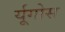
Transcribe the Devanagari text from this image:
र्यूगोस